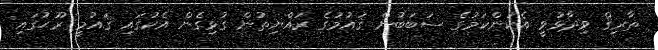
ޠާރިޤް ވިދާޅުވީ އެކަންކަމުގެ ސަބަބުން ޤައުމުގެ ރައްޔިތުން ގުޅިގެން އެކުގައި ޤައުމީ ރޫޙުގައި